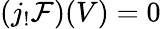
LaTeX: (j_{!}{\mathcal{F}})(V)=0